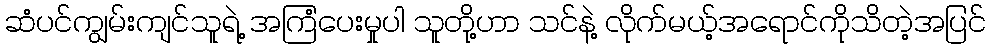
ဆံပင်ကျွမ်းကျင်သူရဲ့ အကြံပေးမှုပါ သူတို့ဟာ သင်နဲ့ လိုက်မယ့်အရောင်ကိုသိတဲ့အပြင်